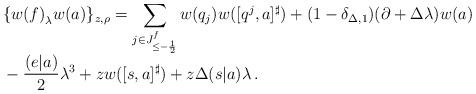
LaTeX: \begin{align*}\begin{array}{l}\displaystyle{\phantom{\Big(}\{{w(f)}_\lambda{w(a)}\}_{z,\rho}=\sum_{j\in J^f_{\leq-\frac12}}w(q_{j})w([q^{j},a]^\sharp)+(1-\delta_{\Delta,1})(\partial+\Delta\lambda)w(a)} \\\displaystyle{\phantom{\Big(}-\frac{(e|a)}{2}\lambda^3+z w([s,a]^\sharp)+z\Delta(s|a)\lambda\,.}\end{array}\end{align*}